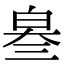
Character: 𤽫